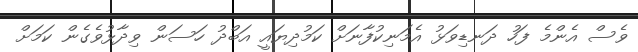
ވެސް އެންމެ ފަހު ދަނޑިވަޅު އެމަނިކުފާނަށް ކަމުދިޔައީ އަބްދު ހަސަން ވިދާޅުވެގެން ކަމަށް